Vaccination in Burma 1900-1911 - 1900-1911
Year: 1900
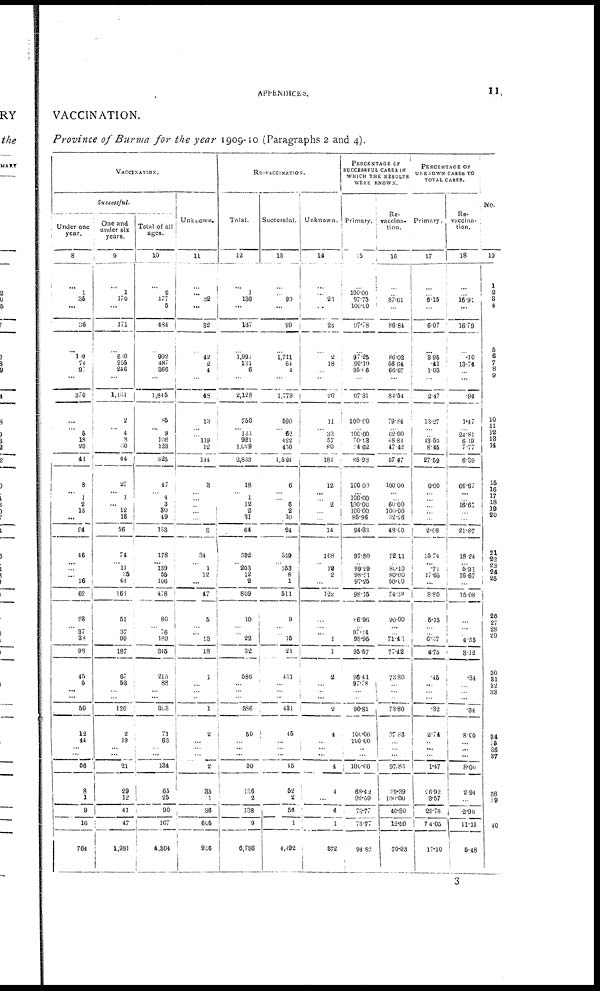
APPENDICES.
11
VACCINATION.
Province of Burma for the year 1909-10 (Paragraphs 2 and 4).
VACCINATION.
Successful.
Under one
year.
8
...
1
35
...
36
...
199
74
97
...
370
...
... 5
18
20
43
8
...
1
2
13
...
24
46
... ...
...
16
62
28
...
37
38
98
45
5
...
...
50
12
44
...
...
56
8
1
9
10
764
One and
under six
years.
9
...
1
170
...
171
...
680
255
246
...
1,131
2
... 4
8
30
44
27
...
1
... 12
16
56
74
...
11
35
43
163
51
...
37
99
187
67
53
...
...
120
2
19
...
...
21
29
12
41
47
1,981
Total of all
ages.
10
...
2
477
5
484
...
992
487
366
...
1,845
86
...
9
108
123
325
47
...
4
3
30
49
133
178
... 139
55
106
478
80
... 76
189
345
215
88
...
...
303
71
63
... ...
134
65
25
90
167
4,304
Unknown.
11
...
... 32
...
32
...
42
2
4
...
48
13
... ...
119
12
144
3
... ... ...
...
...
3
34
...
1
12
...
47
5
...
...
13
18
1
...
...
...
1
2
...
...
...
2
35
1
36
605
936
RE-VACCINATION.
Total.
12
...
1
136
...
137
...
1,991
131
6
...
2,128
750
... 133
921
1,029
2,833
18
...
1
12
2
31
64
592
... 203
12
2
809
10
...
...
22
32
586
...
...
...
586
50
...
...
...
50
136
2
138
9
6,786
Successful.
13
...
...
90
99
...
1,711
64
4
...
1,779
590
... 52
422
430
1,524
6
... ...
6
2
10
24
349
... 153
8
1
511
9
...
...
15
24
431
...
...
...
431
45
...
...
...
45
52
2
54
1
4,492
Unknown.
14
...
...
23
...
23
...
2
18
...
...
20
11
...
33
57
80
181
12
... ...
2
...
...
14
108
...
12
2
...
122
...
...
...
1
1
2
...
...
...
2
4
...
...
...
4
4
...
4
1
372
PERCENTAGE OF
SUCCESSFUL CASES IN
WHICH THE RESULTS
WERE KNOWN.
Primary.
15
...
100.00
97.75
100.00
97.78
...
97.25
99.19
95.06
...
97.31
100.00
... 100.00
70.13
94.62
85.98
100.00
... 100.00
100.00
100.00
85.96
94.33
97.80
... 99.29
98.21
97.25
98.15
86.96
... 97.14
98.95
95.57
96.41
97.78
...
...
96.81
100.00
100.00
...
...
100.00
68.42
92.59
73.77
78.77
94.82
Re-
vaccina-
tion.
16
...
...
87.61
...
86.84
...
86.02
56.64
66.67
...
84.54
79.84
... 62.00
48.84
47.42
57.47
100.00
... ... 60.00
100.00
32.26
48.00
72.11
... 80.10
80.00
50.00
74.38
90.00
...
... 71.43
77.42
73.80
...
...
...
73.80
97.88
...
...
...
97.83
39.39
100.00
40.30
12.50
70.03
PERCENTAGE OF
UNKNOWN CASES TO
TOTAL CASES.
Primary.
17
...
...
6.15
...
6.07
...
3.95
.41
1.03
...
2.47
13.27
... ... 43.59
8.45
27.59
6.00
... ...
... ...
...
2.08
15.74
... .71
17.65
...
8.80
5.15
...
... 6.37
4.75
.45
...
...
...
.32
2.74
...
...
...
1.47
26.92
3.57
22.78
74.05
17.10
Re-
vaccina-
tion.
18
...
...
16.91
...
16.79
...
.10
13.74
...
...
.94
1.47
... 24.81
6.19
7.77
6.39
66.67
... ... 16.67
...
...
21.87
18.24
... 5.91
16.67
...
15.08
...
...
... 4.55
3.12
.34
...
...
...
.34
8.00
...
...
...
8.00
2.94
...
2.90
11.11
5.48
No.
19
1
2
3
4
5
6 7
8
9
10
11 12 13
14
15
16 17 18
19
20
21
22
23
24 25
26
27
28
29
30
31
32
33
34
35
36
37
38
39
40
3